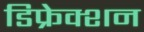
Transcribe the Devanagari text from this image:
डिफ्रेक्शन